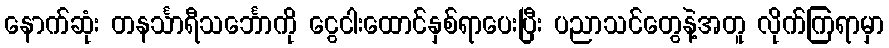
နောက်ဆုံး တနင်္သာရီသင်္ဘောကို ငွေငါးထောင်နှစ်ရာပေးပြီး ပညာသင်တွေနဲ့အတူ လိုက်ကြရာမှာ